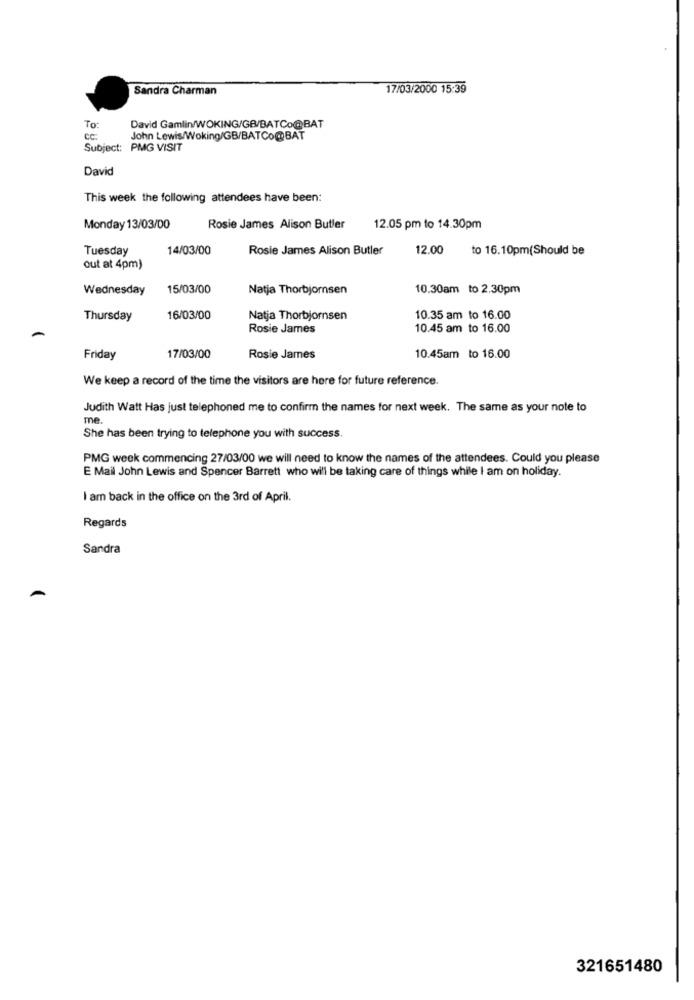
Sandra Charman
17/03/2000 15:39
To:
David Gamlin/WOKING/GB/BATCo@BAT
ce
John Lewis/Woking/GB/BATCo@BAT
Subject: PMG VISIT
David
This week the following attendees have been:
Monday 13/03/00
Rosie James Alison Butler
12.05 pm to 14.30pm
Tuesday
14/03/00
Rosie James Alison Butler
12.00
to 16.10pm(Should be
out at 4pm)
Wednesday
15/03/00
Natja Thorbjornsen
10.30am to 2.30pm
Thursday
16/03/00
Natja Thorbjornsen
10.35 am to 16.00
Rosie James
10.45 am to 16.00
Friday
17/03/00
Rosie James
10.45am to 16.00
We keep a record of the time the visitors are here for future reference.
Judith Watt Has just telephoned me to confirm the names for next week. The same as your note to
me
She has been trying to telephone you with success.
PMG week commencing 27/03/00 we will need to know the names of the attendees. Could you please
E Mail John Lewis and Spencer Barrett who will be taking care of things while I am on holiday.
I am back in the office on the 3rd of April.
Regards
Sandra
321651480